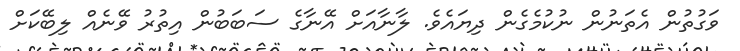
ވަގުތުން އެތަނުން ނުކުމެގެން ދިޔައެވެ. ލާނާއަށް އޭނާގެ ސަބަބުން އިތުރު ވޭނެއް ލިބޭކަށް